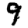
Digit: 9